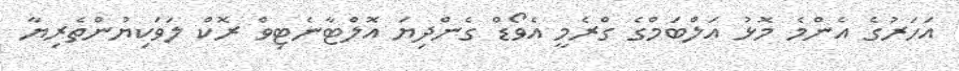
އަހަރުގެ އެންމެ މޮޅު އަލްބަމްގެ ގްރެމީ އެވޯޑް ގެންދިޔަ އޮލްޓާނެޓިވް ރޮކް ލަވަކިޔުންތެރިޔާ